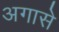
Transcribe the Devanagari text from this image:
अगासे